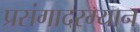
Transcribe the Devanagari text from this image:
प्रसंगादरम्यान